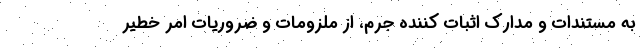
به مستندات و مدارک اثبات‌ کننده جرم، از ملزومات و ضروریات امر خطیر